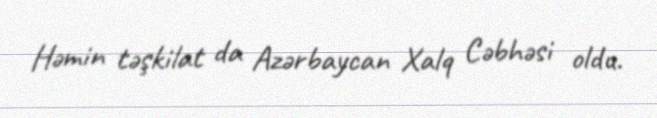
Həmin təşkilat da Azərbaycan Xalq Cəbhəsi oldu.